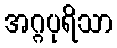
အဂ္ဂပုရိသာ